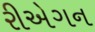
રીએગન